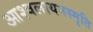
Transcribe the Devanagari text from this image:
आश्वलायनस्मृति